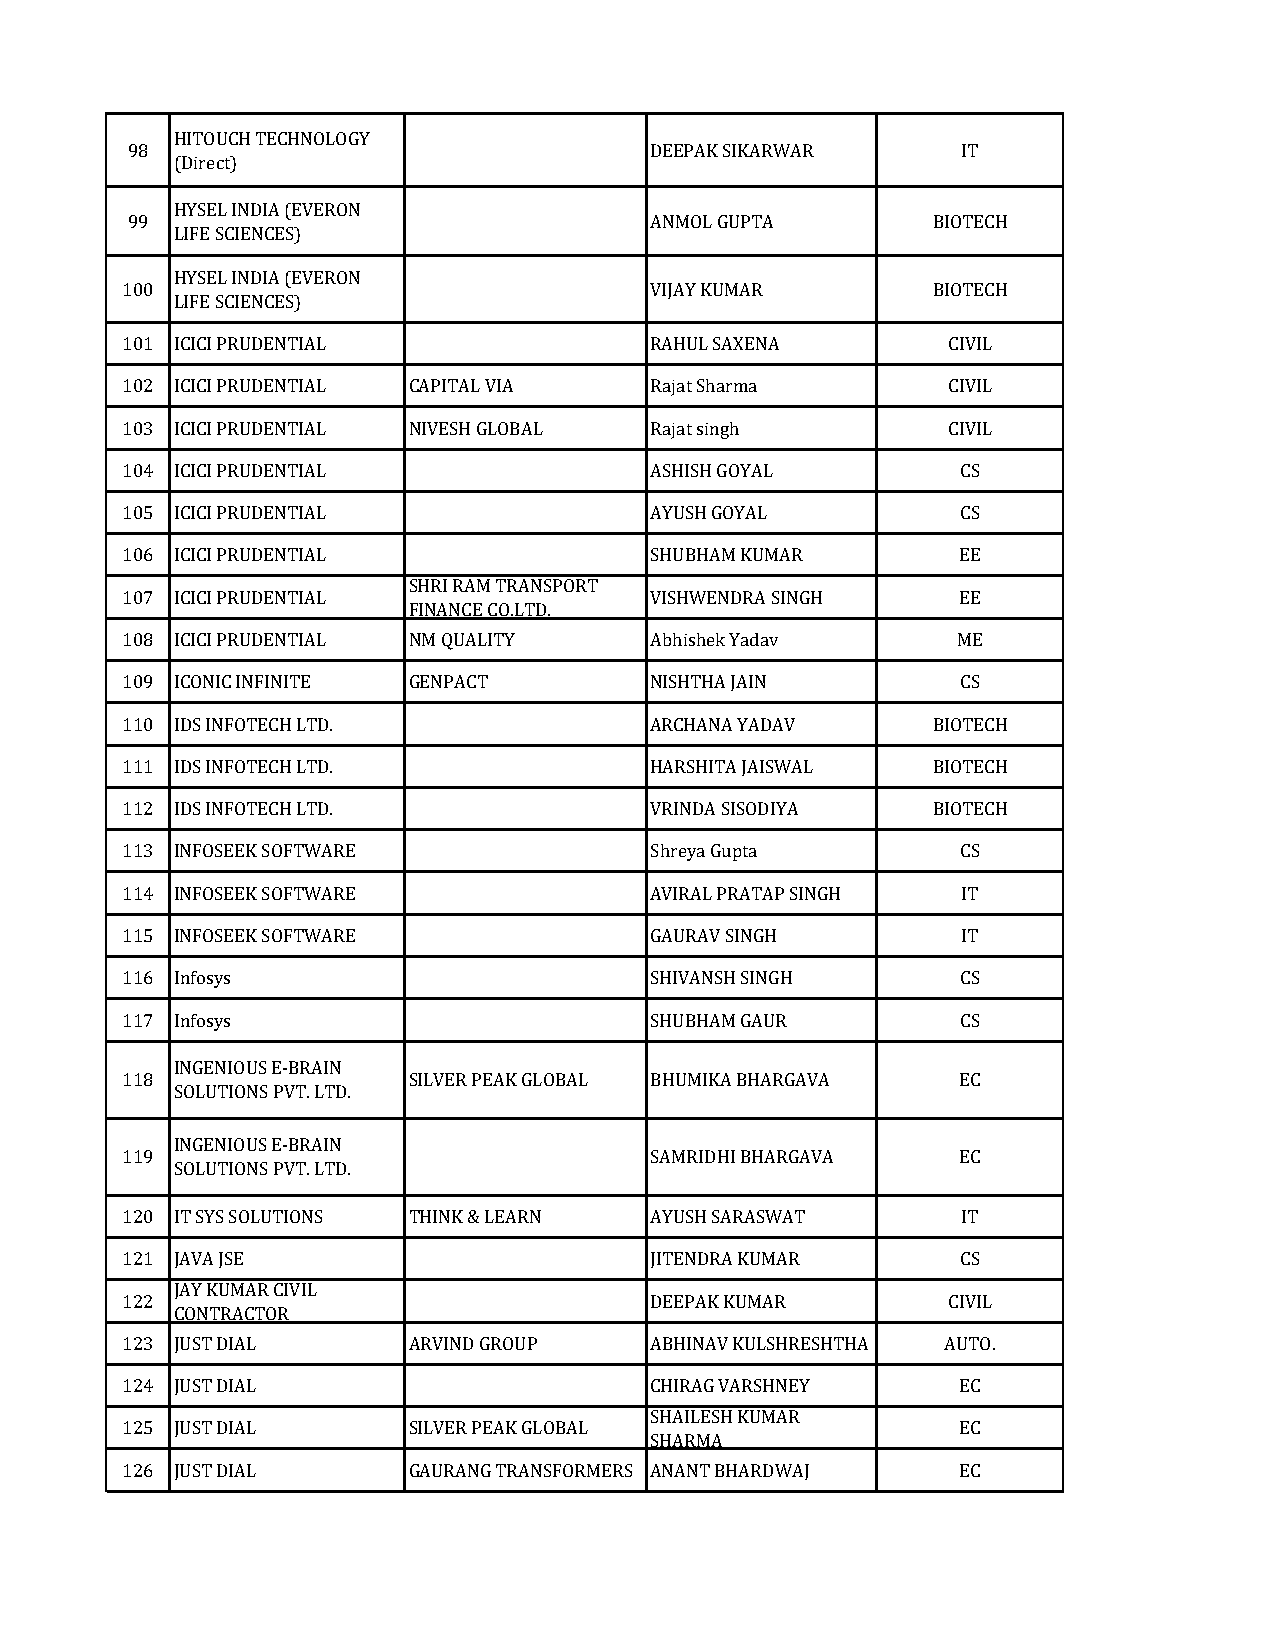
HITOUCH TECHNOLOGY
 98                                 DEEPAK SIKARWAR      IT
 (Direct)
 HYSEL INDIA (EVERON
 99                                 ANMOL GUPTA        BIOTECH
 LIFE SCIENCES)
 HYSEL INDIA (EVERON
 100                                VIJAY KUMAR        BIOTECH
 LIFE SCIENCES)
 101 ICICI PRUDENTIAL               RAHUL SAXENA        CIVIL
 102 ICICI PRUDENTIAL CAPITAL VIA   Rajat Sharma        CIVIL
 103 ICICI PRUDENTIAL NIVESH GLOBAL Rajat singh         CIVIL
 104 ICICI PRUDENTIAL               ASHISH GOYAL         CS
 105 ICICI PRUDENTIAL               AYUSH GOYAL          CS
 106 ICICI PRUDENTIAL               SHUBHAM KUMAR        EE
 SHRI RAM TRANSPORT
 107 ICICI PRUDENTIAL               VISHWENDRA SINGH     EE
 FINANCE CO.LTD.
 108 ICICI PRUDENTIAL NM QUALITY    Abhishek Yadav      ME
 109 ICONIC INFINITE GENPACT        NISHTHA JAIN         CS
 110 IDS INFOTECH LTD.              ARCHANA YADAV      BIOTECH
 111 IDS INFOTECH LTD.              HARSHITA JAISWAL   BIOTECH
 112 IDS INFOTECH LTD.              VRINDA SISODIYA    BIOTECH
 113 INFOSEEK SOFTWARE              Shreya Gupta         CS
 114 INFOSEEK SOFTWARE              AVIRAL PRATAP SINGH  IT
 115 INFOSEEK SOFTWARE              GAURAV SINGH         IT
 116 Infosys                        SHIVANSH SINGH       CS
 117 Infosys                        SHUBHAM GAUR         CS
 INGENIOUS E-BRAIN
 118                SILVER PEAK GLOBAL BHUMIKA BHARGAVA  EC
 SOLUTIONS PVT. LTD.
 INGENIOUS E-BRAIN
 119                                SAMRIDHI BHARGAVA    EC
 SOLUTIONS PVT. LTD.
 120 IT SYS SOLUTIONS THINK & LEARN AYUSH SARASWAT       IT
 121 JAVA JSE                       JITENDRA KUMAR       CS
 JAY KUMAR CIVIL
 122                                DEEPAK KUMAR        CIVIL
 CONTRACTOR
 123 JUST DIAL      ARVIND GROUP    ABHINAV KULSHRESHTHA AUTO.
 124 JUST DIAL                      CHIRAG VARSHNEY      EC
 SHAILESH KUMAR
 125 JUST DIAL      SILVER PEAK GLOBAL                   EC
 SHARMA
 126 JUST DIAL      GAURANG TRANSFORMERS ANANT BHARDWAJ  EC